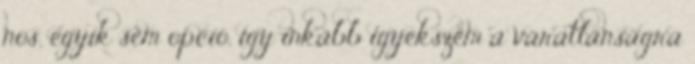
nos, egyik sem opció, így inkább igyekszem a váratlanságra